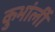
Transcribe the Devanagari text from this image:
कुभांर्ली